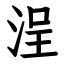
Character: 浧